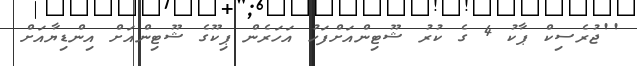
''ޖުރެސިކް ޕާކު 4 ގެ ކުރު ޝޫޓިންއަށްފަހު އަހަރެން ޕިކޫގެ ޝޫޓިންއަށް އިންޑިޔާއަށް